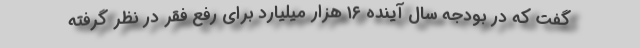
گفت که در بودجه سال آینده ۱۶ هزار میلیارد برای رفع فقر در نظر گرفته